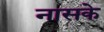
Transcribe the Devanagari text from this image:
नासके